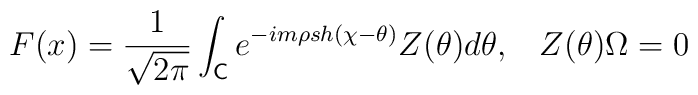
F(x)=\frac{1}{\sqrt{2\pi }}\int_{\mathsf{C}}e^{-im\rho sh(\chi -\theta)}Z(\theta )d\theta ,\,\,\,\,\,Z(\theta )\Omega =0\,\,